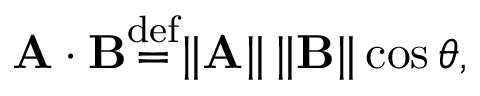
\mathbf { A } \cdot \mathbf { B } { \stackrel { \mathrm { d e f } } { = } } \| \mathbf { A } \| \, \| \mathbf { B } \| \cos \theta ,